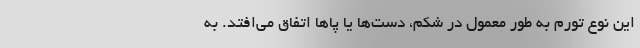
این نوع تورم به طور معمول در شکم، دست‌ها یا پا‌ها اتفاق می‌افتد. به